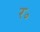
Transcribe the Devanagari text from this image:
र॰